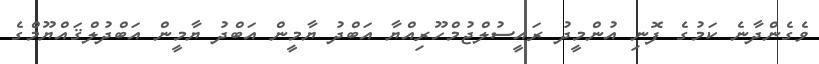
ވެގެންދާނެ ކަމުގެ ފޮނި އުންމީދު ރައީސުލްޖުމްހޫރިއްޔާ އަބްދު ޔާމީން އަބްދު ޔާމީން އަބްދުލްޤައްޔޫމްގެ